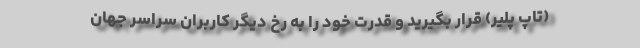
(تاپ پلیر) قرار بگیرید و قدرت خود را به رخ دیگر کاربران سراسر جهان